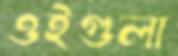
ওইগুলা